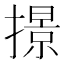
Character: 撔